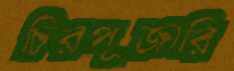
চিরপূজারি